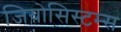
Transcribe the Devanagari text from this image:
जियोसिस्टम्स